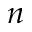
n